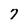
Character: 7